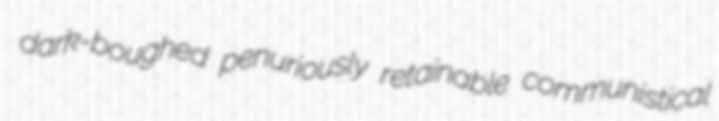
dark-boughed penuriously retainable communistical